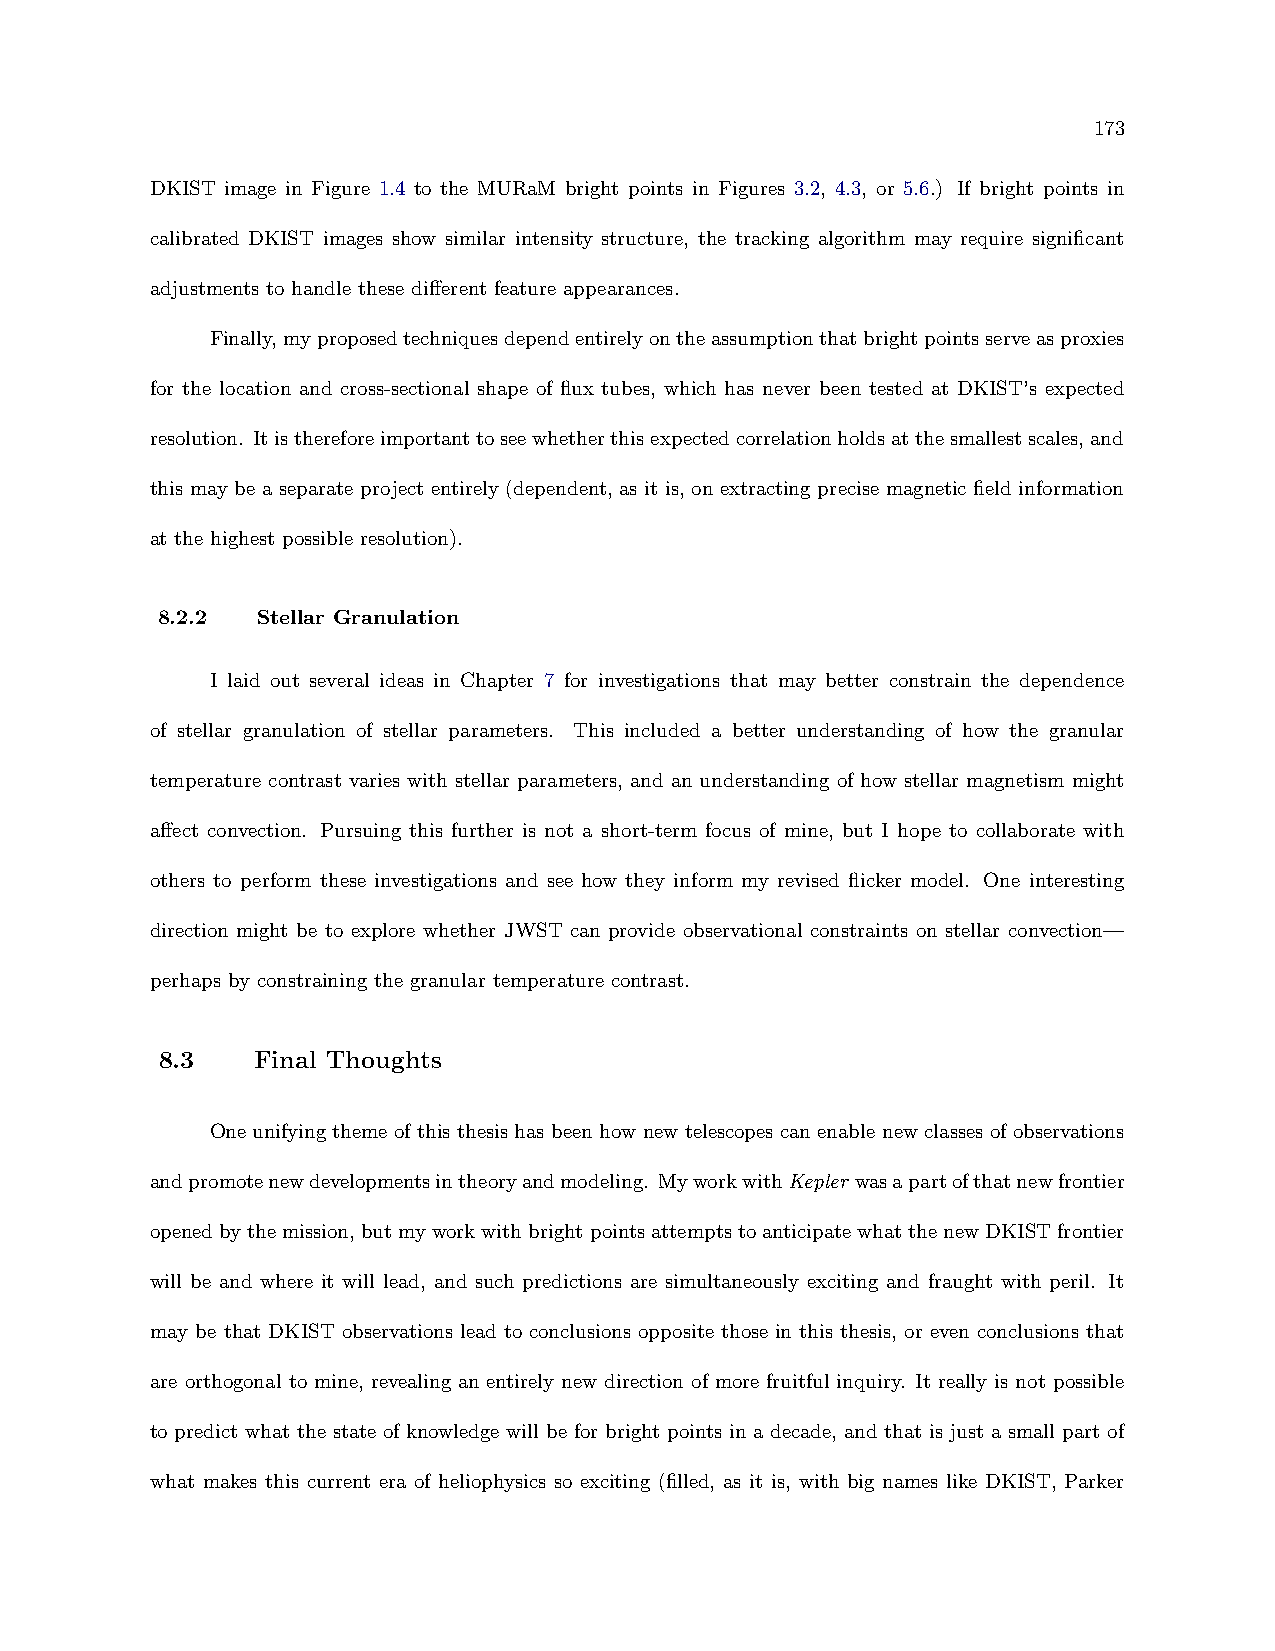
173
 DKIST image in Figure 1.4 to the MURaM bright points in Figures 3.2, 4.3, or 5.6.) If bright points in
 calibrated DKIST images show similar intensity structure, the tracking algorithm may require significant
 adjustments to handle these different feature appearances.
 Finally,myproposedtechniquesdependentirelyontheassumptionthatbrightpointsserveasproxies
 for the location and cross-sectional shape of flux tubes, which has never been tested at DKIST’s expected
 resolution. Itisthereforeimportanttoseewhetherthisexpectedcorrelationholdsatthesmallestscales,and
 this may be a separate project entirely (dependent, as it is, on extracting precise magnetic field information
 at the highest possible resolution).
 8.2.2  Stellar Granulation
 I laid out several ideas in Chapter 7 for investigations that may better constrain the dependence
 of stellar granulation of stellar parameters. This included a better understanding of how the granular
 temperature contrast varies with stellar parameters, and an understanding of how stellar magnetism might
 affect convection. Pursuing this further is not a short-term focus of mine, but I hope to collaborate with
 others to perform these investigations and see how they inform my revised flicker model. One interesting
 direction might be to explore whether JWST can provide observational constraints on stellar convection—
 perhaps by constraining the granular temperature contrast.
 8.3   Final Thoughts
 One unifying theme of this thesis has been how new telescopes can enable new classes of observations
 andpromotenewdevelopmentsintheoryandmodeling. MyworkwithKepler wasapartofthatnewfrontier
 openedbythemission,butmyworkwithbrightpointsattemptstoanticipatewhatthenewDKISTfrontier
 will be and where it will lead, and such predictions are simultaneously exciting and fraught with peril. It
 may be that DKIST observations lead to conclusions opposite those in this thesis, or even conclusions that
 are orthogonal to mine, revealing an entirely new direction of more fruitful inquiry. It really is not possible
 to predict what the state of knowledge will be for bright points in a decade, and that is just a small part of
 what makes this current era of heliophysics so exciting (filled, as it is, with big names like DKIST, Parker